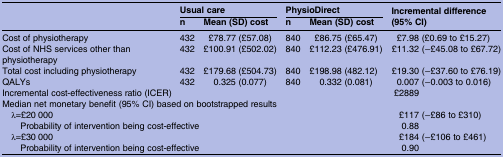
<table><thead><tr><td><b> </b></td><td colspan="2"><b>Usual care</b></td><td colspan="2"><b>PhysioDirect</b></td><td rowspan="2"><b>Incremental difference (95% CI)</b></td></tr><tr><td></td><td><b>n</b></td><td><b>Mean (SD) cost</b></td><td><b>n</b></td><td><b>Mean (SD) cost</b></td></tr></thead><tbody><tr><td>Cost of physiotherapy</td><td>432</td><td>£78.77 (£57.08)</td><td>840</td><td>£86.75 (£65.47)</td><td>£7.98 (£0.69 to £15.27)</td></tr><tr><td>Cost of NHS services other than physiotherapy</td><td>432</td><td>£100.91 (£502.02)</td><td>840</td><td>£112.23 (£476.91)</td><td>£11.32 (−£45.08 to £67.72)</td></tr><tr><td>Total cost including physiotherapy</td><td>432</td><td>£179.68 (£504.73)</td><td>840</td><td>£198.98 (482.12)</td><td>£19.30 (−£37.60 to £76.19)</td></tr><tr><td>QALYs</td><td>432</td><td>0.325 (0.077)</td><td>840</td><td>0.332 (0.081)</td><td>0.007 (−0.003 to 0.016)</td></tr><tr><td colspan="5">Incremental cost-effectiveness ratio (ICER)</td><td> £2889</td></tr><tr><td colspan="6">Median net monetary benefit (95% CI) based on bootstrapped results</td></tr><tr><td colspan="5"> λ=£20 000</td><td>£117 (−£86 to £310)</td></tr><tr><td colspan="5">Probability of intervention being cost-effective</td><td>0.88</td></tr><tr><td colspan="5"> λ=£30 000</td><td>£184 (−£106 to £461)</td></tr><tr><td colspan="5">Probability of intervention being cost-effective</td><td>0.90</td></tr></tbody></table>